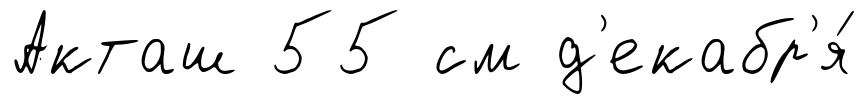
Акташ 55 см д'екабр'я́